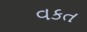
વકત